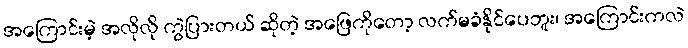
အကြောင်းမဲ့ အလိုလို ကွဲပြားတယ် ဆိုတဲ့ အဖြေကိုတော့ လက်မခံနိုင်ပေဘူး၊ အကြောင်းကလဲ